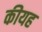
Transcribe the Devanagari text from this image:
कीयह